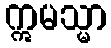
ဣမသ္မာ